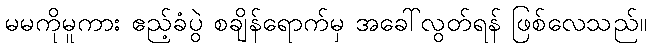
မမကိုမူကား ဧည့်ခံပွဲ စချိန်ရောက်မှ အခေါ်လွတ်ရန် ဖြစ်လေသည်။